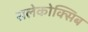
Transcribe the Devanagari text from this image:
सलेकोक्सिब